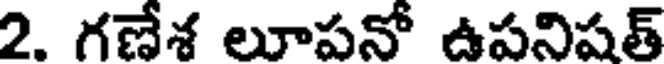
2. గణేశ లూపనో ఉపనిషత్